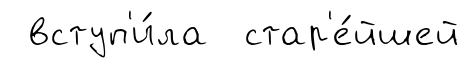
вступ'и́ла стар'е́йшей